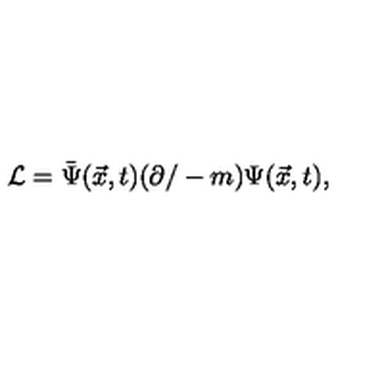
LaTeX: { \cal L } = \bar { \Psi } ( \vec { x } , t ) ( \partial / - m ) \Psi ( \vec { x } , t ) ,